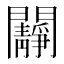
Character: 𨷧